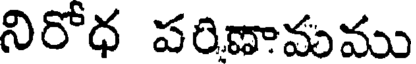
నిరోధ పరిణామము